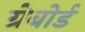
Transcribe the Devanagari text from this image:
ग्रेबोर्ड